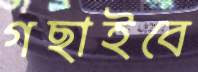
গছাইবে